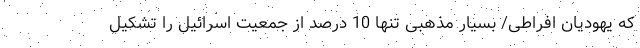
که یهودیان افراطی/ بسیار مذهبی تنها 10 درصد از جمعیت اسرائیل را تشکیل